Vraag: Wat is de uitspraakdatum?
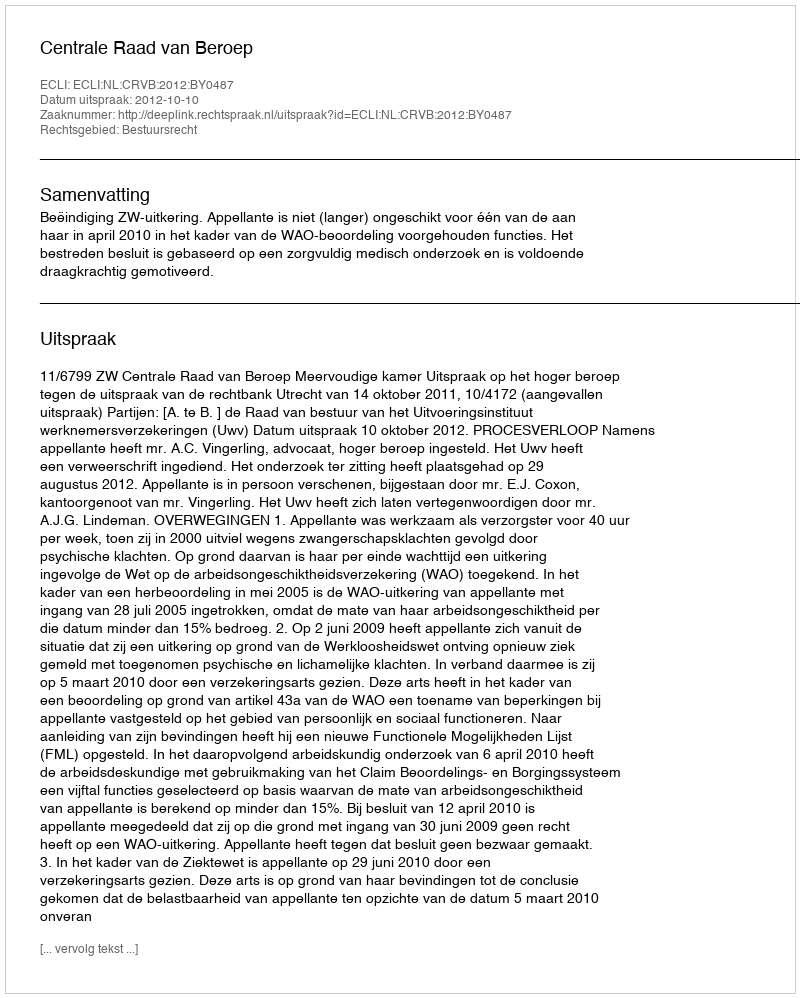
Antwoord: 2012-10-10